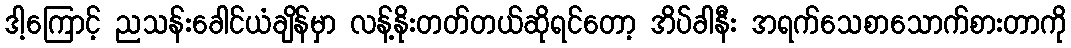
ဒါ့ကြောင့် ညသန်းခေါင်ယံချိန်မှာ လန့်နိုးတတ်တယ်ဆိုရင်တော့ အိပ်ခါနီး အရက်သေစာသောက်စားတာကို